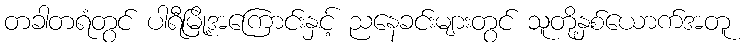
တခါတရံတွင် ပါရီမြို့အကြောင်းနှင့် ညနေခင်းများတွင် သူတို့နှစ်ယောက်အတူ